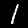
Label: 1